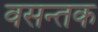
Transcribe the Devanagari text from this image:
वसन्तक